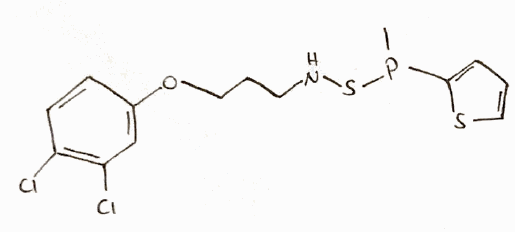
Simplified molecular-input line-entry system (SMILES) notation of the given molecule:
CP(C1=CC=CS1)SNCCCOC2=CC(=C(C=C2)Cl)Cl